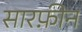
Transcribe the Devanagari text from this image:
सारफ़ीन